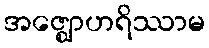
အဇ္ဈောဟရိဿာမ